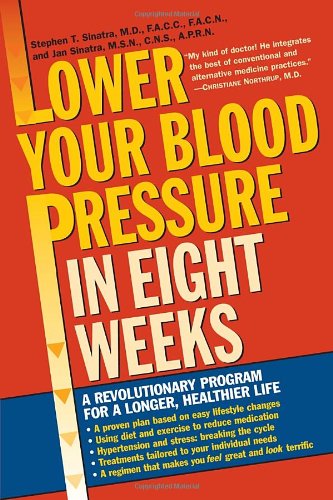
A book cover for Lower Your Blood Pressure in Eight Weeks: A Revolutionary Program for a Longer, Healthier Life; Stephen T. Sinatra; Health, Fitness & Dieting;